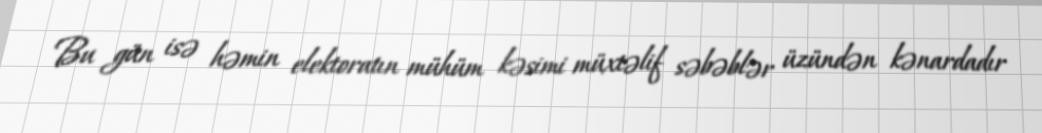
Bu gün isə həmin elektoratın mühüm kəsimi müxtəlif səbəblər üzündən kənardadır